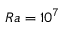
R a = 1 0 ^ { 7 }